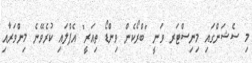
މި ސެޝަންގައި މިނިސްޓަރ ވަނީ "ބްރޯކެން ވިންޑޯ ތިއަރީ" އެޕްލައި ކުރެވޭނެ މިންވަރާއި